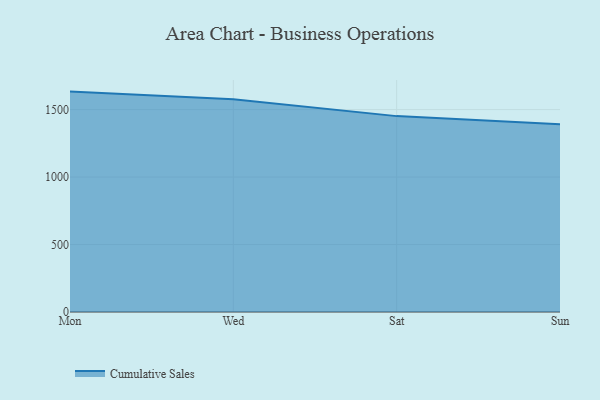
{"axis": {"x": "Day", "y": "Humidity (%)"}, "legend": ["Cumulative Sales"], "data": [{"x": "Mon", "y": 1633.3, "type": "Cumulative Sales"}, {"x": "Wed", "y": 1576.2, "type": "Cumulative Sales"}, {"x": "Sat", "y": 1451.6, "type": "Cumulative Sales"}, {"x": "Sun", "y": 1390.7, "type": "Cumulative Sales"}]}